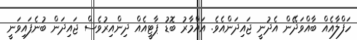
ހަފްލާއެއް ބާއްވަދޭން އެދުނީ ޖައިދަންއެވެ. އައްމާރު ބޮޑު ޕާޓީއެއް ދިންއިރުވެސް ޖައިދަން ބުނެފައިވަނީ